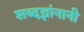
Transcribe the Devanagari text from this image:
शब्दज्ञांनानी